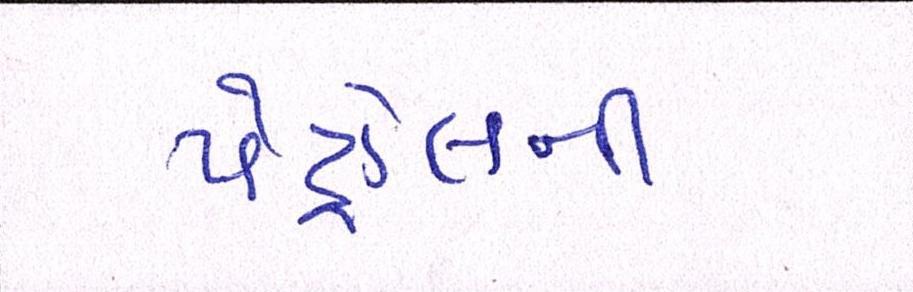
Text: પેટ્રોલની